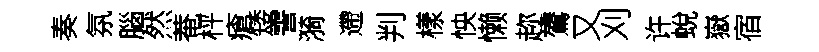
奏氛腦然菴枰瘡矮霅漪遰判樣怏懒趂鷟又刈许蛻嶽宿